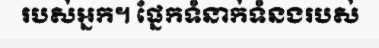
របស់អ្នក។ ផ្នែកទំនាក់ទំនងរបស់